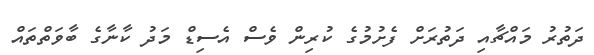
ދަތުރު މައްޗާއި ދަތުރަށް ފެށުމުގެ ކުރިން ވެސް އެސިޑް މަދު ކާނާގެ ބާވަތްތައް